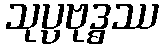
သုပ္ပဗုဒ္ဓဿ